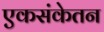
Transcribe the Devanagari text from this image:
एकसंकेतन